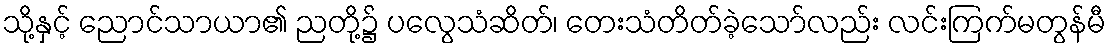
သို့နှင့် ညောင်သာယာ၏ ညတို့၌ ပလွေသံဆိတ်၊ တေးသံတိတ်ခဲ့သော်လည်း လင်းကြက်မတွန်မီ